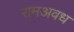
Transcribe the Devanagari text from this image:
रामअवध